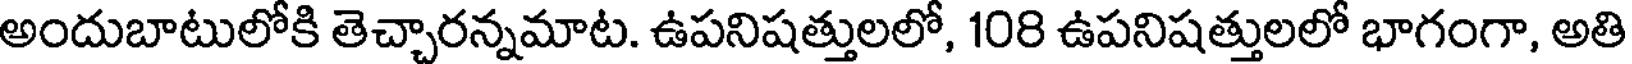
అందుబాటులోకి తెచ్చారన్నమాట. ఉపనిషత్తులలో, 108 ఉపనిషత్తులలో భాగంగా, అతి